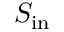
S _ { \mathrm { i n } }